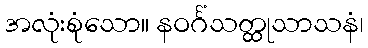
အလုံးစုံသော။ နဝင်္ဂံသတ္ထုသာသနံ၊